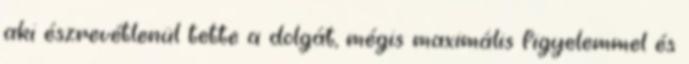
aki észrevétlenül tette a dolgát, mégis maximális figyelemmel és